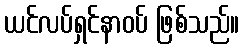
ယင်လပ်ရှင်နာဝပ် ဖြစ်သည်။